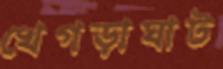
খেগড়াঘাট